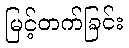
မြင့်တက်ခြင်း